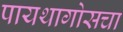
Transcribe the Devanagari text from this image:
पायथागोसचा